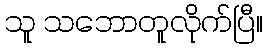
သူ သဘောတူလိုက်ပြီ။